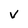
Character: V